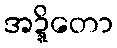
အဍ္ဍိတော